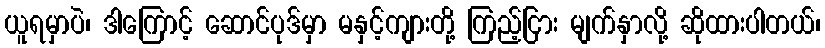
ယူရမှာပဲ၊ ဒါကြောင့် ဆောင်ပုဒ်မှာ မနှင့်ကျားတို့ ကြည့်ငြား မျက်နှာလို့ ဆိုထားပါတယ်၊